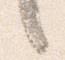
言